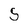
Character: S